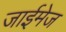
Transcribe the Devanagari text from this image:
जाईमेज